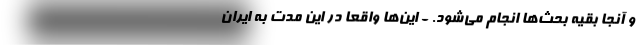
و آنجا بقیه بحث‌ها انجام می‌شود. - این‌ها واقعاً‌ در این مدت به ایران